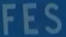
FES